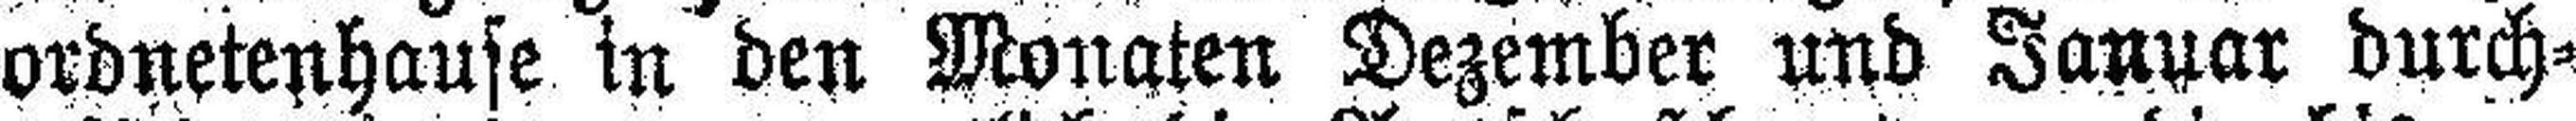
ordnetenhause in den Monaten Dezember und Januar durch¬